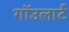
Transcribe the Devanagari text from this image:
गाॅउलार्ट